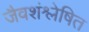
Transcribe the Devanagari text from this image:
जैवशंश्लेषित